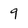
Character: 9